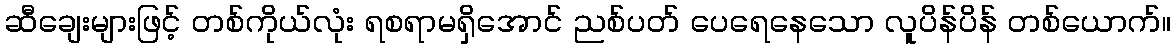
ဆီချေးများဖြင့် တစ်ကိုယ်လုံး ရစရာမရှိအောင် ညစ်ပတ် ပေရေနေသော လူပိန်ပိန် တစ်ယောက်။